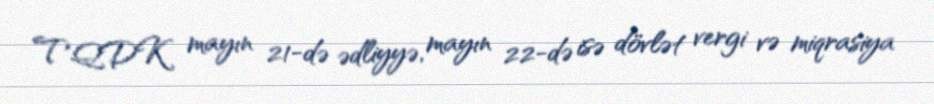
TQDK mayın 21-də ədliyyə, mayın 22-də isə dövlət vergi və miqrasiya